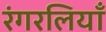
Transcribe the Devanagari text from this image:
रंगरलियाँ